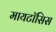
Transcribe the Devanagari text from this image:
मायटॉसिस